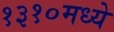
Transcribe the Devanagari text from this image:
१३१०मध्ये